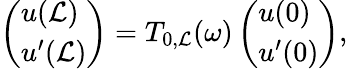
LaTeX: \left(\begin{array}{l}{u(\mathcal{L})}\\ {u^{\prime}(\mathcal{L})}\end{array}\right)=T_{0,\mathcal{L}}(\omega)\left(\begin{array}{l}{u(0)}\\ {u^{\prime}(0)}\end{array}\right),